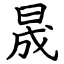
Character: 晟